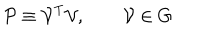
LaTeX: { \cal { P } } \equiv { \cal { V } } ^ { \mathrm { T } } { \cal { V } } , \qquad { \cal { V } } \in G